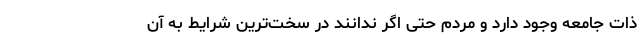
ذات جامعه وجود دارد و مردم حتی اگر ندانند در سخت‌ترین شرایط به آن